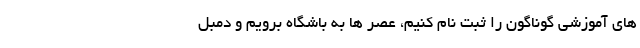
های آموزشی گوناگون را ثبت نام کنیم، عصر ها به باشگاه برویم و دمبل